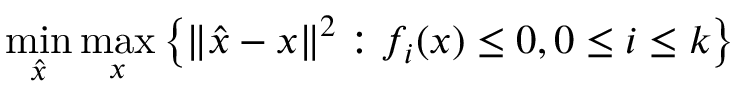
\operatorname* { m i n } _ { \hat { x } } \operatorname* { m a x } _ { x } \left\{ \left\| { \hat { x } } - x \right\| ^ { 2 } : f _ { i } ( x ) \leq 0 , 0 \leq i \leq k \right\}